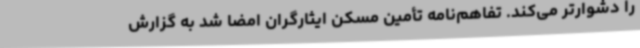
را دشوارتر می‌کند. تفاهم‌نامه تأمین مسکن ایثارگران امضا شد به گزارش